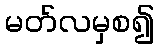
မတ်လမှစ၍